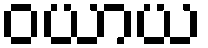
ဝယာယ